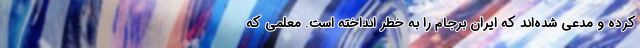
کرده و مدعی شده‌اند که ایران برجام را به خطر انداخته است. معلمی که